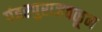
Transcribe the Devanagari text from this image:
पंढरपुराजवळून